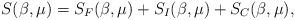
LaTeX: \begin{align*}S(\beta,\mu)=S_F(\beta,\mu)+S_I(\beta,\mu)+S_C(\beta,\mu),\end{align*}